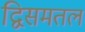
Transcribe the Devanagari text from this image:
द्विसमतल